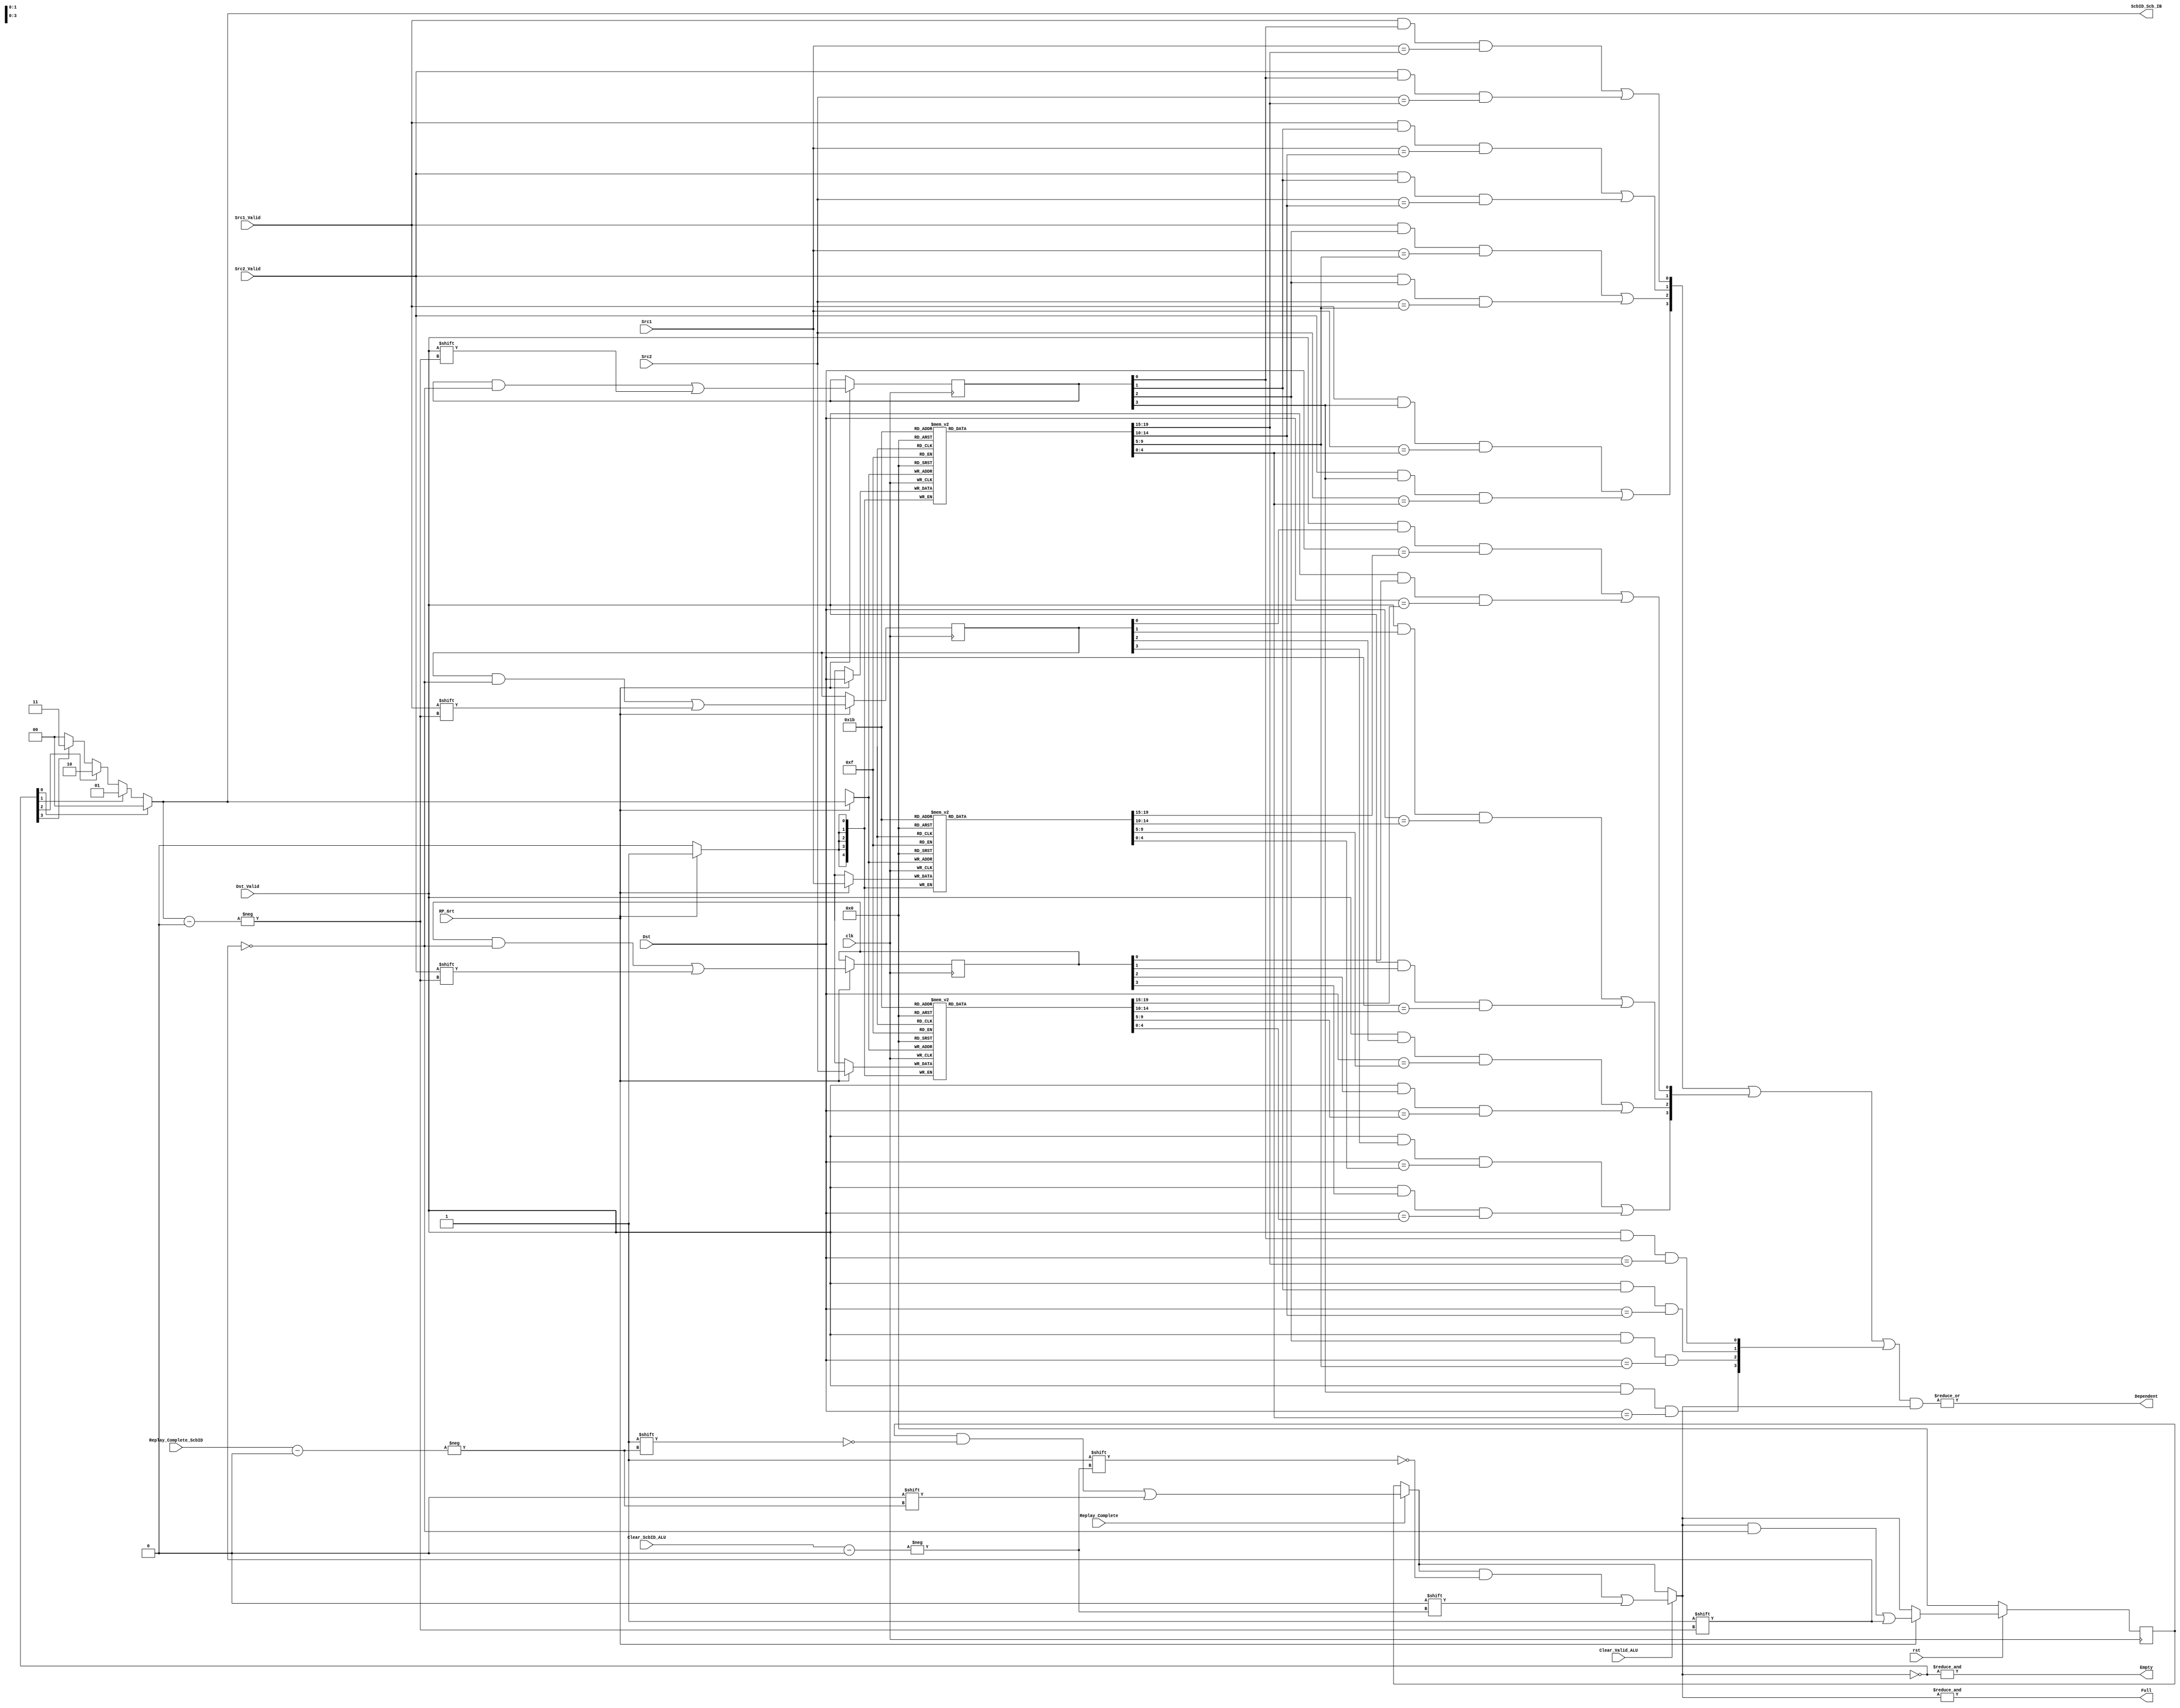
module scoreboard_warp(
    input clk,
    input rst,
    // signal from IBuffer when issuing
    input [4:0] Src1, // RegID is 5-bit (R8: thrID, R16: warpID)
    input [4:0] Src2,
    input [4:0] Dst,
    input Src1_Valid,
    input Src2_Valid,
    input Dst_Valid,
    input RP_Grt, // only create Scb entry for RP_Grt (avoid duplicate entry for Replay instructions)
    //signal for clearing
    input [1:0] Replay_Complete_ScbID, // mark the Scb entry as Complete
    input Replay_Complete,
    // signal from other modules
    input [1:0] Clear_ScbID_ALU, // clear signal from ALU
    input Clear_Valid_ALU,
    output Full,
    output Empty, // for exit
    output Dependent,
    output [1:0] ScbID_Scb_IB // ScbID passed to IBuffer (for future clearing)
    );
    reg [4:0] Src1_array [3:0];
    reg [4:0] Src2_array [3:0];
    reg [4:0] Dst_array [3:0];
    reg [3:0] Src1_Valid_array;
    reg [3:0] Src2_Valid_array;
    reg [3:0] Dst_Valid_array;
    reg [3:0] Valid_array;

    // Valid array after Scb entries cleared by Mem/ALU
    reg [3:0] Valid_array_cleared;
    always@(*) begin
        Valid_array_cleared = Valid_array;
        if (Replay_Complete) // from IBuffer for LW/SW
            Valid_array_cleared[Replay_Complete_ScbID] = 0;
        if (Clear_Valid_ALU) // from ALU
            Valid_array_cleared[Clear_ScbID_ALU] = 0;
    end
    assign Full = &Valid_array_cleared;

    // find Empty slot for a new instruction
    wire [3:0] Empty_array = ~Valid_array_cleared;
    assign Empty = &Empty_array;
    reg [1:0] next_Empty;
    integer i;
    always@(*) begin
        next_Empty = 0;
        for (i=3; i>=0; i=i-1) begin: Empty_loop
            if(Empty_array[i])
                next_Empty = i;
        end
    end
    assign ScbID_Scb_IB = next_Empty;

    // store a new instruction if granted by Issue unit
    always@(posedge clk) begin
        if (!rst) begin
            Valid_array <= 0;
        end else begin
            Valid_array <= Valid_array_cleared;
            if (RP_Grt)
                Valid_array[next_Empty] <= 1'b1;      
        end
    end

    always@(posedge clk) begin
        if (RP_Grt) begin
            Src1_array[next_Empty] <= Src1;
            Src2_array[next_Empty] <= Src2;
            Dst_array[next_Empty] <= Dst;
            Src1_Valid_array[next_Empty] <= Src1_Valid;
            Src2_Valid_array[next_Empty] <= Src2_Valid;
            Dst_Valid_array[next_Empty] <= Dst_Valid;
        end
    end

    // check all possible data hazards
    reg [3: 0] Dependent_array;
    reg [3:0] RAW, WAW, WAR;
    always@(*) begin
        // for each of the pending instructions, check RAW, WAW, WAR
        for (i = 0; i < 4; i = i+1) begin: Dependent_loop
            // RAW:
            RAW[i] = (Src1_Valid && Dst_Valid_array[i] && (Src1 == Dst_array[i])) | 
                (Src2_Valid && Dst_Valid_array[i] && (Src2 == Dst_array[i]));
            // WAW:
            WAW[i] = (Dst_Valid && Dst_Valid_array[i] && (Dst == Dst_array[i]));
            // WAR:
            WAR[i] = (Dst_Valid && Src1_Valid_array[i] && (Dst == Src1_array[i])) |
                (Dst_Valid && Src2_Valid_array[i] && (Dst == Src2_array[i])); 
        end
        Dependent_array = (RAW | WAR | WAW) & Valid_array_cleared; // Note here use Valid_cleared to save one clock
    end
    // overall Dependent bit:
    assign Dependent = |Dependent_array;

endmodule